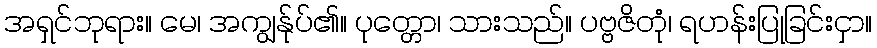
အရှင်ဘုရား။ မေ၊ အကျွန်ုပ်၏။ ပုတ္တော၊ သားသည်။ ပဗ္ဗဇိတုံ၊ ရဟန်းပြုခြင်းငှာ။